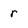
Character: r